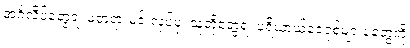
အင်္ဂလိပ်တွေရဲ့ မတရားမင်းလုပ်ပုံ၊ သူတို့တွေရဲ့ ပရိယာယ်ဝေဝုစ်များပုံတွေကို